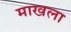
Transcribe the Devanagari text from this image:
माखला